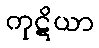
ကုဋိယာ